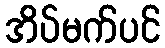
အိပ်မက်ပင်